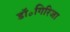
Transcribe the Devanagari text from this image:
डॉ॰गिरिजा